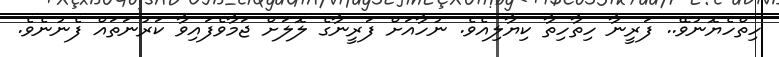
ހިތްހެޔޮނުވޭ.. ފަރީނާ ހިތާހިތާ ކިޔާލިއެވެ. ނުހާއަށް ފަރީނާގެ ލޮލަށް ޖަމާވެފައިވާ ކަރުނަތައް ފެނުނެވެ.